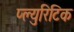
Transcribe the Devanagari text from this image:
प्ल्युरिटिक